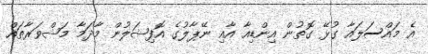
އެ މައްސަލައާ ގުޅޭ ގޮތުން އިންޑިއާ އާއި ނޭޕާލުގެ އޮފިޝަލުން މާދަމާ މަޝްވަރާތައް